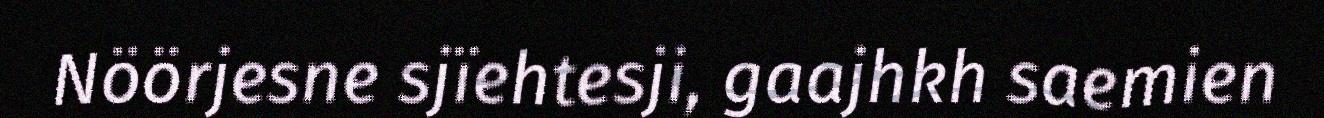
Nöörjesne sjïehtesji, gaajhkh saemien